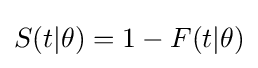
S(t|\theta )=1-F(t|\theta )